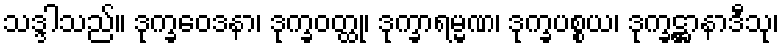
သဒ္ဒါသည်။ ဒုက္ခဝေဒနာ၊ ဒုက္ခဝတ္ထု၊ ဒုက္ခာရမ္မဏ၊ ဒုက္ခပစ္စယ၊ ဒုက္ခဋ္ဌာနာဒီသု၊